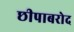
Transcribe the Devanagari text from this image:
छीपाबरोद